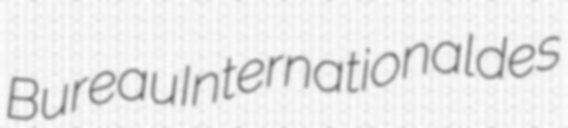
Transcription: Bureau International des